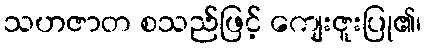
သဟဇာတ စသည်ဖြင့် ကျေးဇူးပြု၏၊